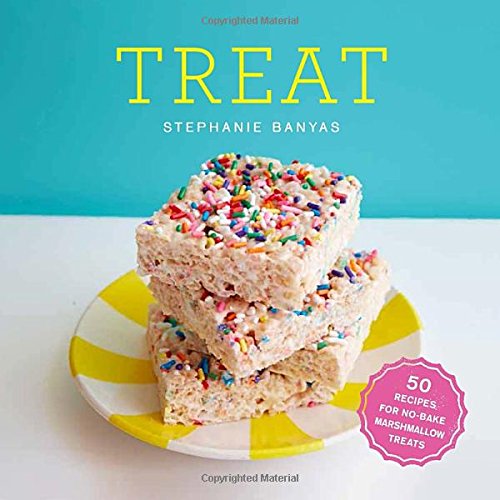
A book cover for Treat: 50 Recipes for No-Bake Marshmallow Treats; Stephanie Banyas; Cookbooks, Food & Wine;